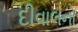
દીવાલનો